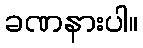
ခဏနားပါ။